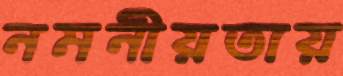
নমনীয়তায়